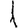
Digit: 1